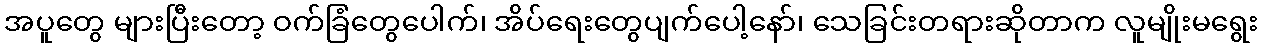
အပူတွေ များပြီးတော့ ဝက်ခြံတွေပေါက်၊ အိပ်ရေးတွေပျက်ပေါ့နော်၊ သေခြင်းတရားဆိုတာက လူမျိုးမရွေး